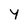
Character: y